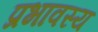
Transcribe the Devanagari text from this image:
प्रभावस्य